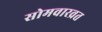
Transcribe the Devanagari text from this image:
सोमवारव्रत